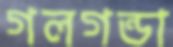
গলগন্ডা